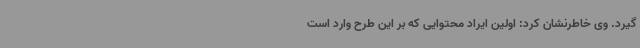
گیرد. وی خاطرنشان کرد: اولین ایراد محتوایی که بر این طرح وارد است